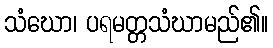
သံဃော၊ ပရမတ္တသံဃာမည်၏။